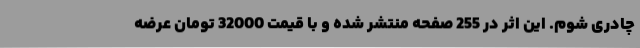
چادری شوم. این اثر در 255 صفحه منتشر شده و با قیمت 32000 تومان عرضه